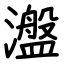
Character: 瀊